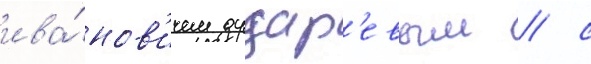
ива́нов'ичем дудар'евым / с